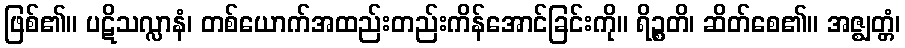
ဖြစ်၏။ ပဋိသလ္လာနံ၊ တစ်ယောက်အထည်းတည်းကိန်အောင်ခြင်းကို။ ရိဉ္စတိ၊ ဆိတ်စေ၏။ အဇ္ဈတ္တံ၊